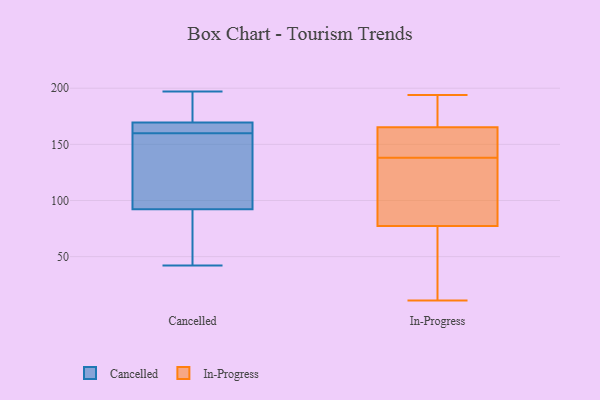
{"axis": {"x": "Churn Rate (%)", "y": "Value"}, "legend": ["Cancelled", "In-Progress"], "data": [{"x": "", "y": 165, "type": "Cancelled"}, {"x": "", "y": 171, "type": "Cancelled"}, {"x": "", "y": 169, "type": "Cancelled"}, {"x": "", "y": 105, "type": "Cancelled"}, {"x": "", "y": 160, "type": "Cancelled"}, {"x": "", "y": 127, "type": "Cancelled"}, {"x": "", "y": 168, "type": "Cancelled"}, {"x": "", "y": 44, "type": "Cancelled"}, {"x": "", "y": 194, "type": "Cancelled"}, {"x": "", "y": 197, "type": "Cancelled"}, {"x": "", "y": 132, "type": "Cancelled"}, {"x": "", "y": 42, "type": "Cancelled"}, {"x": "", "y": 54, "type": "Cancelled"}, {"x": "", "y": 172, "type": "In-Progress"}, {"x": "", "y": 160, "type": "In-Progress"}, {"x": "", "y": 93, "type": "In-Progress"}, {"x": "", "y": 156, "type": "In-Progress"}, {"x": "", "y": 102, "type": "In-Progress"}, {"x": "", "y": 167, "type": "In-Progress"}, {"x": "", "y": 72, "type": "In-Progress"}, {"x": "", "y": 194, "type": "In-Progress"}, {"x": "", "y": 138, "type": "In-Progress"}, {"x": "", "y": 11, "type": "In-Progress"}, {"x": "", "y": 11, "type": "In-Progress"}]}